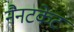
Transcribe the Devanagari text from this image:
नैनटकेट